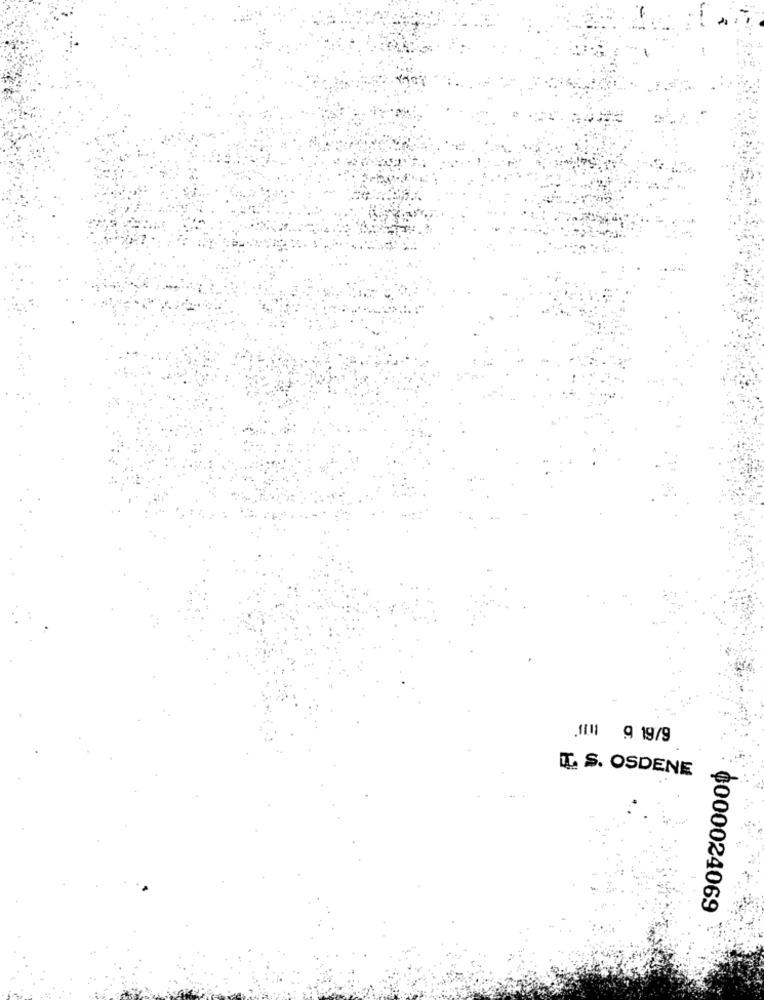
1111 9 19/9
IL S. OSDENE
0000024069